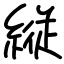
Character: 縦